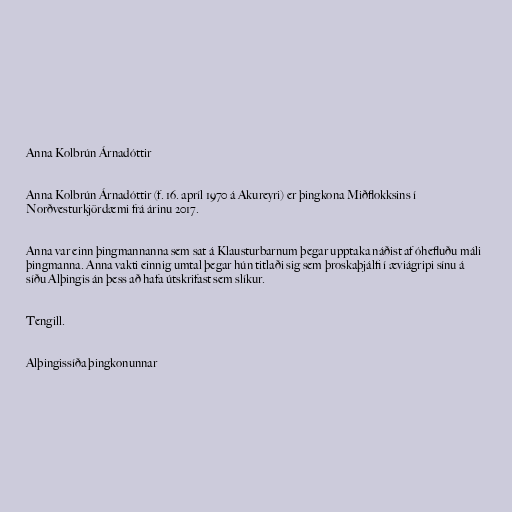
Anna Kolbrún Árnadóttir

Anna Kolbrún Árnadóttir (f. 16. apríl 1970 á Akureyri) er þingkona Miðflokksins í
Norðvesturkjördæmi frá árinu 2017.

Anna var einn þingmannanna sem sat á Klausturbarnum þegar upptaka náðist af óhefluðu máli
þingmanna. Anna vakti einnig umtal þegar hún titlaði sig sem þroskaþjálfi í æviágripi sínu á
síðu Alþingis án þess að hafa útskrifast sem slíkur.

Tengill.

Alþingissíða þingkonunnar